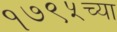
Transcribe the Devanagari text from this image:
१७९५च्या